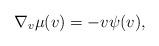
LaTeX: \begin{align*} \nabla_v \mu(v) = -v \psi(v), \end{align*}